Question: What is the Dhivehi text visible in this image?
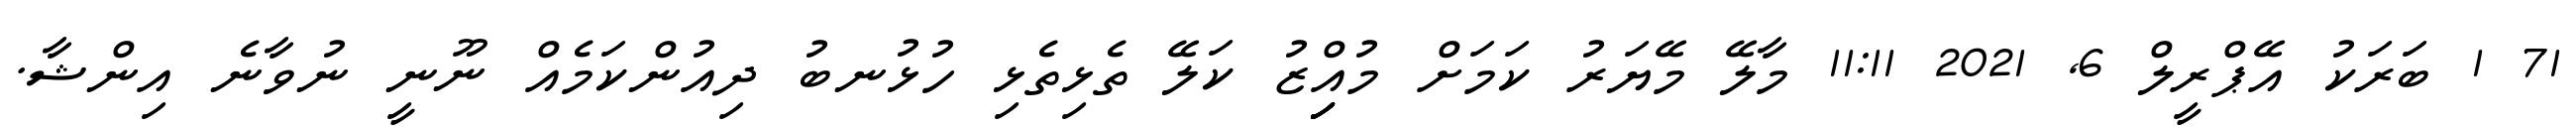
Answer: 71 1 ބަރަކު އޭޕްރީލް 6, 2021 11:11 މާލޭ މޭޔަރު ކަމަށް މުއިިިިިްޒު ކަލޭ ތެޅިތެޅި ހުޅުނބު ދިއުންކަމެއް ނޫނީ ނުވާނެ އިންޝާ.